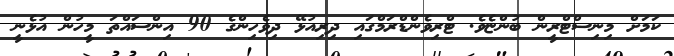
ކަމަށް މިނިސްޓްރީން ބުންޏެވެ. ޓްރިވެންޑްރަމްގައި ދިރިއުޅޭ ދިވެހިންގެ 90 އިންސައްތަ މީހުން އުޅެނީ